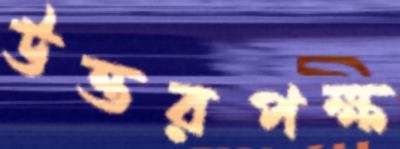
উত্তরপক্ষ